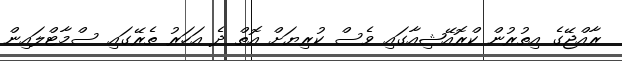
ރާއްޖޭގެ އިތުރުން ކްރޮއޭޝިއާގައި ވެސް ކުރިޔަށް އޮތް ދެ އަހަރު ތެރޭގައި ސްމާޓްލައިން